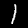
Label: 1